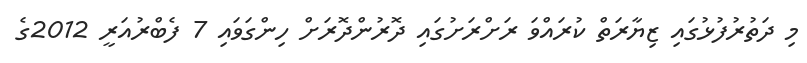
މި ދަތުރުފުޅުގައި ޒިޔާރަތް ކުރައްވަ ރަށްރަށުގައި ދޮރުންދޮރަށް ހިންގަވައި 7 ފެބްރުއަރީ 2012ގެ